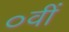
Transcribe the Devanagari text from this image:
०वीं